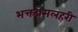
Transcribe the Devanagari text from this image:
भक्तप्रेमलहरी